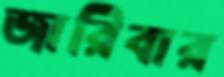
জারিবার